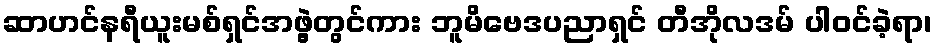
ဆာဟင်နရီယူးမစ်ရှင်အဖွဲ့တွင်ကား ဘူမိဗေဒပညာရှင် တီအိုလဒမ် ပါဝင်ခဲ့ရာ၊